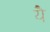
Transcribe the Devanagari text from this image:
येै